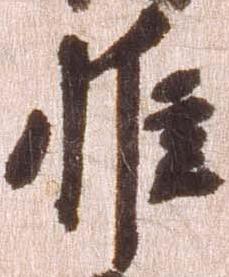
惟